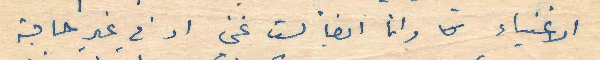
الاغنياء وانا ايضاً لست غني او في غير حاجة